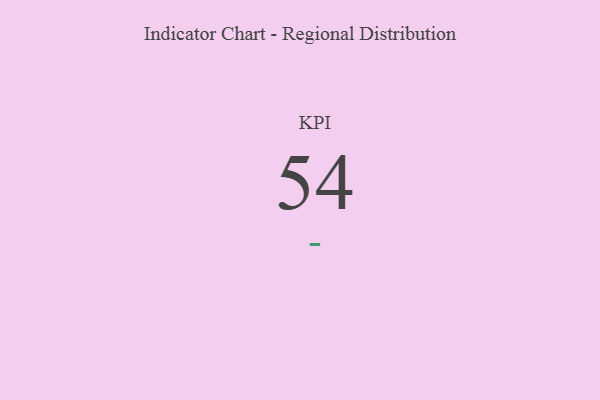
{"axis": {"x": "KPI", "y": "Value"}, "legend": [""], "data": [{"x": "KPI", "y": 54, "type": ""}]}